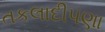
તકલાદીપણા